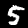
Digit: 5